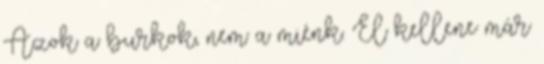
Azok a burkok, nem a miénk. El kellene már